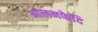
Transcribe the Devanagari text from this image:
आलमफेदि